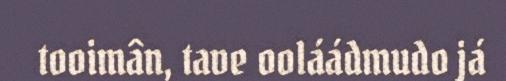
tooimân, tave ooláádmudo já